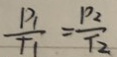
\frac { P _ { 1 } } { T _ { 1 } } = \frac { P _ { 2 } } { T _ { 2 } }